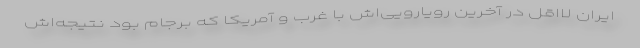
ایران لااقل در آخرین رویارویی‌اش با غرب و آمریکا که برجام بود نتیجه‌اش